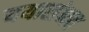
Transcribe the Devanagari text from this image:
ययासंभव